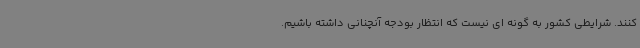
کنند. شرایطی کشور به گونه ای نیست که انتظار بودجه آنچنانی داشته باشیم.